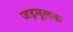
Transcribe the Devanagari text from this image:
जड़मूलक